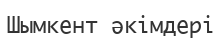
Шымкент әкімдері